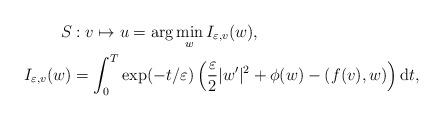
LaTeX: \begin{align*}S & :v\mapsto u=\arg\min_{w}I_{\varepsilon,v}(w),\\I_{\varepsilon,v}(w) & =\int_{0}^{T}\exp(-t/\varepsilon)\left(\frac{\varepsilon}{2}|w^{\prime}|^{2}+\phi(w)-(f(v),w)\right) \mathrm{d}t,\end{align*}